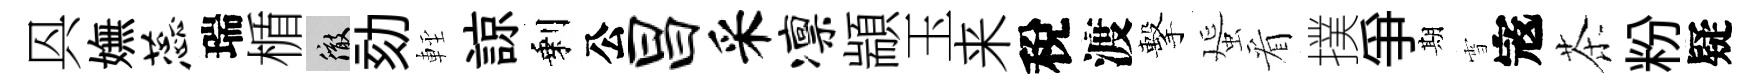
㒷嫵蕊瑞楯徹劾䡖諒剩公昌采凛顓玉来稅渡擊蜑看撲争期雪𡨥茶粉疑